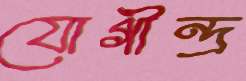
যোগীন্দ্র